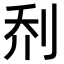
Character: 𫥽